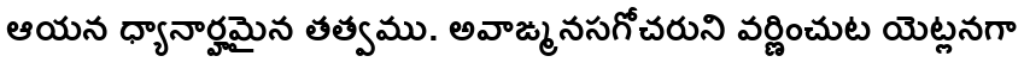
ఆయన ధ్యానార్హమైన తత్వము. అవాఙ్మనసగోచరుని వర్ణించుట యెట్లనగా